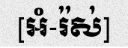
[អំ-រ៉ស់]